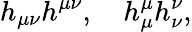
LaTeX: h_{\mu\nu}h^{\mu\nu},\quad h_{\mu}^{\mu}h_{\nu}^{\nu},